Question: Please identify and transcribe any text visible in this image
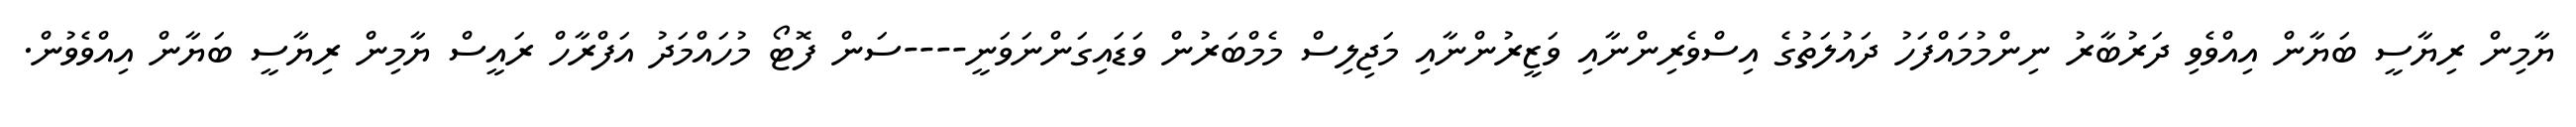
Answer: ޔާމިން ރިޔާސީ ބަޔާން އިއްވެވި ދަރުބާރު ނިންމުމައްފަހު ދައުލަތުގެ އިސްވެރިންނާއި ވަޒީރުންނާއި މަޖިލިސް މެމްބަރުން ވަޑައިގަންނަވަނީ----ސަން ފޮޓޯ މުހައްމަދު އަފްރާހް ރައީސް ޔާމިން ރިޔާސީ ބަޔާން އިއްވެވުން.